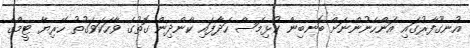
އުނގޫފާރުގައި އަންހެނުންނަށް ބޮނބިން ކުޅިމަސް ހަދާފައި ކާންދިން ގޮތުގެ ވާހަކަވަގުތު ހޭރިޔާ ޓީމްގެ